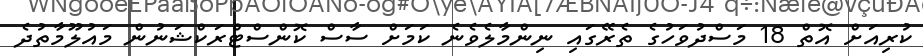
ކުރިއަށް އޮތް 18 މަސްދުވަހުގެ ތެރޭގައި ނިންމާލެވެނެ ކަމަށް ސާސް ކޮންސްޓްރަކްޝަނުން މައުލޫމާތުދެ